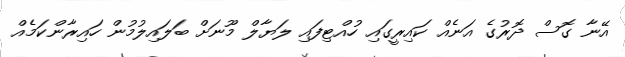
އޭނާ ގޮސް ދޮރުގެ އަނެއް ކައިރީގައި ހުއްޓިފައި ލަޔާލް މޫނަށް ބަލައިލުމުން ހައިރާންކަމެއް